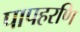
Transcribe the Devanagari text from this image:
पापहरणि